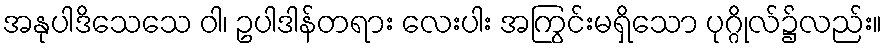
အနုပါဒိသေသေ ဝါ၊ ဥပါဒါန်တရား လေးပါး အကြွင်းမရှိသော ပုဂ္ဂိုလ်၌လည်း။